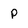
Character: p